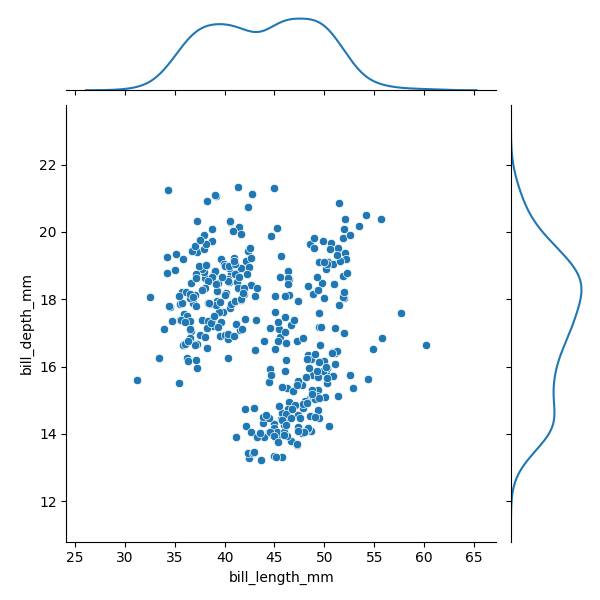
python, seaborn, JointGrid, scatterplot, kdeplot